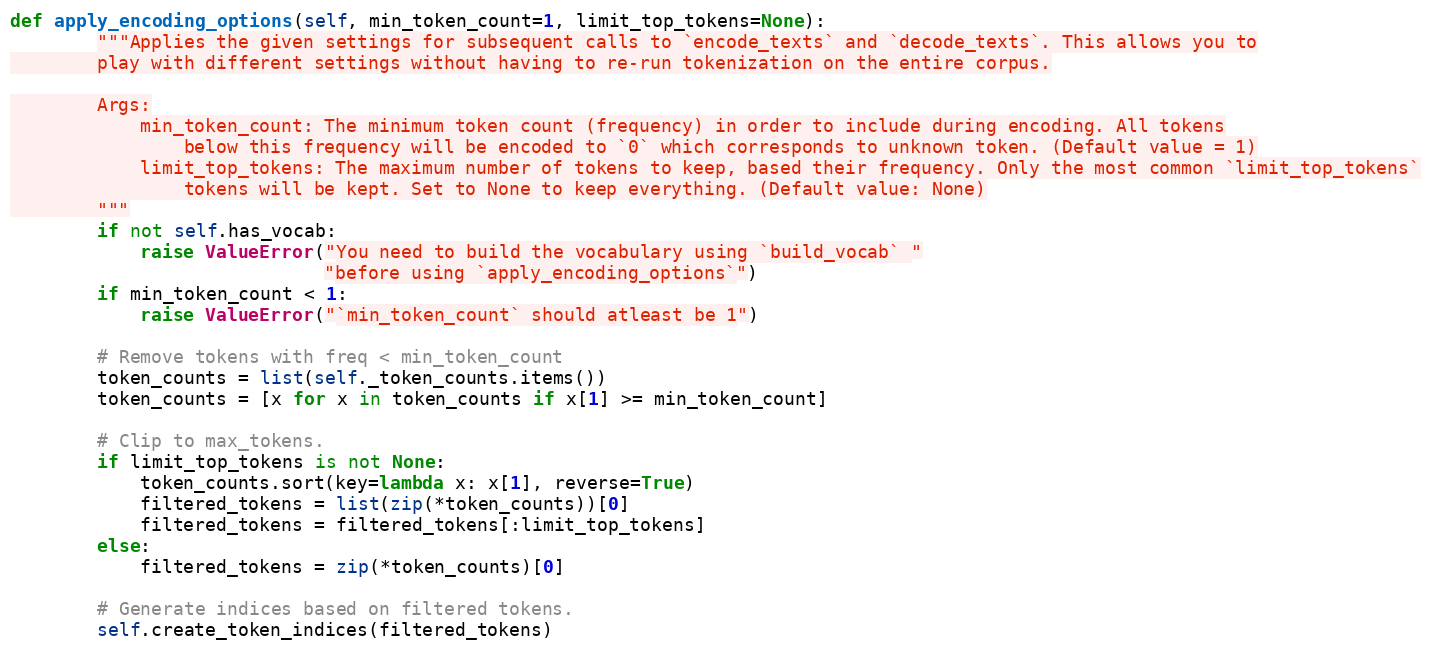
Language: Python
def apply_encoding_options(self, min_token_count=1, limit_top_tokens=None):
        """Applies the given settings for subsequent calls to `encode_texts` and `decode_texts`. This allows you to
        play with different settings without having to re-run tokenization on the entire corpus.

        Args:
            min_token_count: The minimum token count (frequency) in order to include during encoding. All tokens
                below this frequency will be encoded to `0` which corresponds to unknown token. (Default value = 1)
            limit_top_tokens: The maximum number of tokens to keep, based their frequency. Only the most common `limit_top_tokens`
                tokens will be kept. Set to None to keep everything. (Default value: None)
        """
        if not self.has_vocab:
            raise ValueError("You need to build the vocabulary using `build_vocab` "
                             "before using `apply_encoding_options`")
        if min_token_count < 1:
            raise ValueError("`min_token_count` should atleast be 1")

        # Remove tokens with freq < min_token_count
        token_counts = list(self._token_counts.items())
        token_counts = [x for x in token_counts if x[1] >= min_token_count]

        # Clip to max_tokens.
        if limit_top_tokens is not None:
            token_counts.sort(key=lambda x: x[1], reverse=True)
            filtered_tokens = list(zip(*token_counts))[0]
            filtered_tokens = filtered_tokens[:limit_top_tokens]
        else:
            filtered_tokens = zip(*token_counts)[0]

        # Generate indices based on filtered tokens.
        self.create_token_indices(filtered_tokens)